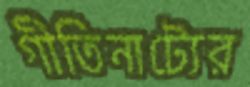
গীতিনাট্যের